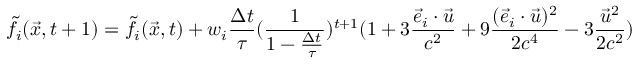
\Tilde { f } _ { i } ( \vec { x } , t + 1 ) = \Tilde { f } _ { i } ( \vec { x } , t ) + w _ { i } \frac { \Delta t } { \tau } ( \frac { 1 } { 1 - \frac { \Delta t } { \tau } } ) ^ { t + 1 } ( 1 + 3 \frac { \Vec { e } _ { i } \cdot \Vec { u } } { c ^ { 2 } } + 9 \frac { ( \Vec { e } _ { i } \cdot \Vec { u } ) ^ { 2 } } { 2 c ^ { 4 } } - 3 \frac { \Vec { u } ^ { 2 } } { 2 c ^ { 2 } } )